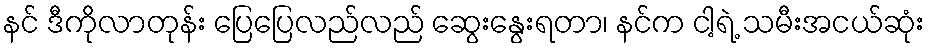
နင် ဒီကိုလာတုန်း ပြေပြေလည်လည် ဆွေးနွေးရတာ၊ နင်က ငါ့ရဲ့ သမီးအငယ်ဆုံး